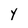
Character: y